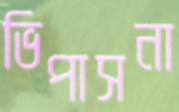
ভিপাসনা